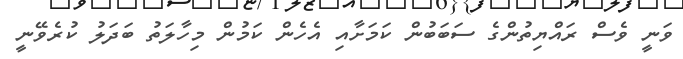
ވަނީ ވެސް ރައްޔިތުންގެ ސަބަބުން ކަމަށާއި އެހެން ކަމުން މިހާލަތު ބަދަލު ކުރެވޭނީ